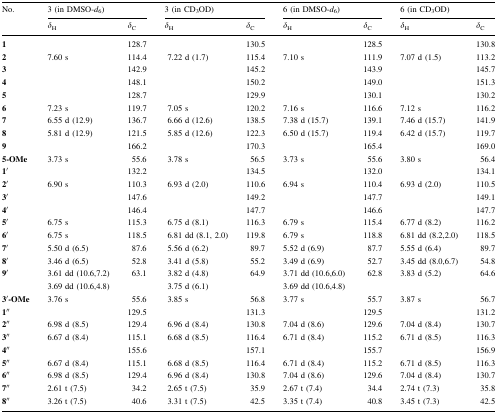
<table><thead><tr><td rowspan="2"><b>No.</b></td><td colspan="2"><b>3 (in DMSO-<i>d</i><sub>6</sub>)</b></td><td colspan="2"><b>3 (in CD<sub>3</sub>OD)</b></td><td colspan="2"><b>6 (in DMSO-<i>d</i><sub>6</sub>)</b></td><td colspan="2"><b>6 (in CD<sub>3</sub>OD)</b></td></tr><tr><td><b><i>δ</i><sub>H</sub></b></td><td><b><i>δ</i><sub>C</sub></b></td><td><b><i>δ</i><sub>H</sub></b></td><td><b><i>δ</i><sub>C</sub></b></td><td><b><i>δ</i><sub>H</sub></b></td><td><b><i>δ</i><sub>C</sub></b></td><td><b><i>δ</i><sub>H</sub></b></td><td><b><i>δ</i><sub>C</sub></b></td></tr></thead><tbody><tr><td><b>1</b></td><td></td><td>128.7</td><td></td><td>130.5</td><td></td><td>128.5</td><td></td><td>130.8</td></tr><tr><td><b>2</b></td><td>7.60 s</td><td>114.4</td><td>7.22 d (1.7)</td><td>115.4</td><td>7.10 s</td><td>111.9</td><td>7.07 d (1.5)</td><td>113.2</td></tr><tr><td><b>3</b></td><td></td><td>142.9</td><td></td><td>145.2</td><td></td><td>143.9</td><td></td><td>145.7</td></tr><tr><td><b>4</b></td><td></td><td>148.1</td><td></td><td>150.2</td><td></td><td>149.0</td><td></td><td>151.3</td></tr><tr><td><b>5</b></td><td></td><td>128.7</td><td></td><td>129.9</td><td></td><td>130.1</td><td></td><td>130.2</td></tr><tr><td><b>6</b></td><td>7.23 s</td><td>119.7</td><td>7.05 s</td><td>120.2</td><td>7.16 s</td><td>116.6</td><td>7.12 s</td><td>116.2</td></tr><tr><td><b>7</b></td><td>6.55 d (12.9)</td><td>136.7</td><td>6.66 d (12.6)</td><td>138.5</td><td>7.38 d (15.7)</td><td>139.1</td><td>7.46 d (15.7)</td><td>141.9</td></tr><tr><td><b>8</b></td><td>5.81 d (12.9)</td><td>121.5</td><td>5.85 d (12.6)</td><td>122.3</td><td>6.50 d (15.7)</td><td>119.4</td><td>6.42 d (15.7)</td><td>119.7</td></tr><tr><td><b>9</b></td><td></td><td>166.2</td><td></td><td>170.3</td><td></td><td>165.4</td><td></td><td>169.0</td></tr><tr><td><b>5-OMe</b></td><td>3.73 s</td><td>55.6</td><td>3.78 s</td><td>56.5</td><td>3.73 s</td><td>55.6</td><td>3.80 s</td><td>56.4</td></tr><tr><td><b>1′</b></td><td></td><td>132.2</td><td></td><td>134.5</td><td></td><td>132.0</td><td></td><td>134.1</td></tr><tr><td><b>2′</b></td><td>6.90 s</td><td>110.3</td><td>6.93 d (2.0)</td><td>110.6</td><td>6.94 s</td><td>110.4</td><td>6.93 d (2.0)</td><td>110.5</td></tr><tr><td><b>3′</b></td><td></td><td>147.6</td><td></td><td>149.2</td><td></td><td>147.7</td><td></td><td>149.1</td></tr><tr><td><b>4′</b></td><td></td><td>146.4</td><td></td><td>147.7</td><td></td><td>146.6</td><td></td><td>147.7</td></tr><tr><td><b>5′</b></td><td>6.75 s</td><td>115.3</td><td>6.75 d (8.1)</td><td>116.3</td><td>6.79 s</td><td>115.4</td><td>6.77 d (8.2)</td><td>116.2</td></tr><tr><td><b>6′</b></td><td>6.75 s</td><td>118.5</td><td>6.81 dd (8.1, 2.0)</td><td>119.8</td><td>6.79 s</td><td>118.8</td><td>6.81 dd (8.2,2.0)</td><td>118.5</td></tr><tr><td><b>7′</b></td><td>5.50 d (6.5)</td><td>87.6</td><td>5.56 d (6.2)</td><td>89.7</td><td>5.52 d (6.9)</td><td>87.7</td><td>5.55 d (6.4)</td><td>89.7</td></tr><tr><td><b>8′</b></td><td>3.46 d (6.5)</td><td>52.8</td><td>3.41 d (5.8)</td><td>55.2</td><td>3.49 d (6.9)</td><td>52.7</td><td>3.45 dd (8.0,6.7)</td><td>54.8</td></tr><tr><td rowspan="2"><b>9′</b></td><td>3.61 dd (10.6,7.2)</td><td>63.1</td><td> 3.82 d (4.8) </td><td>64.9</td><td>3.71 dd (10.6,6.0)</td><td>62.8</td><td rowspan="2">3.83 d (5.2)</td><td>64.6</td></tr><tr><td>3.69 dd (10.6,4.8)</td><td></td><td> 3.75 d (6.1) </td><td></td><td>3.69 dd (10.6,4.8)</td><td></td><td></td></tr><tr><td><b>3′-OMe</b></td><td>3.76 s</td><td>55.6</td><td>3.85 s</td><td>56.8</td><td>3.77 s</td><td>55.7</td><td>3.87 s</td><td>56.7</td></tr><tr><td><b>1′′</b></td><td></td><td>129.5</td><td></td><td>131.3</td><td></td><td>129.5</td><td></td><td>131.2</td></tr><tr><td><b>2′′</b></td><td>6.98 d (8.5)</td><td>129.4</td><td>6.96 d (8.4)</td><td>130.8</td><td>7.04 d (8.6)</td><td>129.6</td><td>7.04 d (8.4)</td><td>130.7</td></tr><tr><td><b>3′′</b></td><td>6.67 d (8.4)</td><td>115.1</td><td>6.68 d (8.5)</td><td>116.4</td><td>6.71 d (8.4)</td><td>115.2</td><td>6.71 d (8.5)</td><td>116.3</td></tr><tr><td><b>4′′</b></td><td></td><td>155.6</td><td></td><td>157.1</td><td></td><td>155.7</td><td></td><td>156.9</td></tr><tr><td><b>5′′</b></td><td>6.67 d (8.4)</td><td>115.1</td><td>6.68 d (8.5)</td><td>116.4</td><td>6.71 d (8.4)</td><td>115.2</td><td>6.71 d (8.5)</td><td>116.3</td></tr><tr><td><b>6′′</b></td><td>6.98 d (8.5)</td><td>129.4</td><td>6.96 d (8.4)</td><td>130.8</td><td>7.04 d (8.6)</td><td>129.6</td><td>7.04 d (8.4)</td><td>130.7</td></tr><tr><td><b>7′′</b></td><td>2.61 t (7.5)</td><td>34.2</td><td>2.65 t (7.5)</td><td>35.9</td><td>2.67 t (7.4)</td><td>34.4</td><td>2.74 t (7.3)</td><td>35.8</td></tr><tr><td><b>8′′</b></td><td>3.26 t (7.5)</td><td>40.6</td><td>3.31 t (7.5)</td><td>42.5</td><td>3.35 t (7.4)</td><td>40.8</td><td>3.45 t (7.3)</td><td>42.5</td></tr></tbody></table>